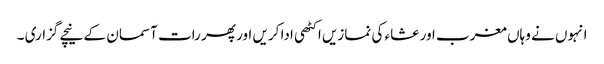
انہوں نے وہاں مغرب اور عشاء کی نمازیں اکٹھی ادا کریں اور پھر رات آسمان کے نیچے گزاری ۔